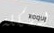
لمشكلة